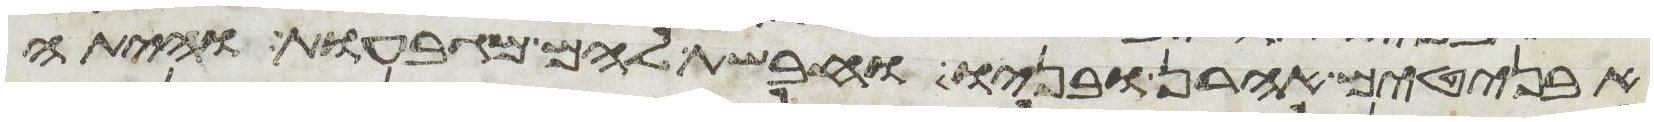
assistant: אבניטים אהרן ובניו וחבשת להם מגבעות והיתה